Report on vaccination for the Province of Oudh 1873 -
Year: 1873
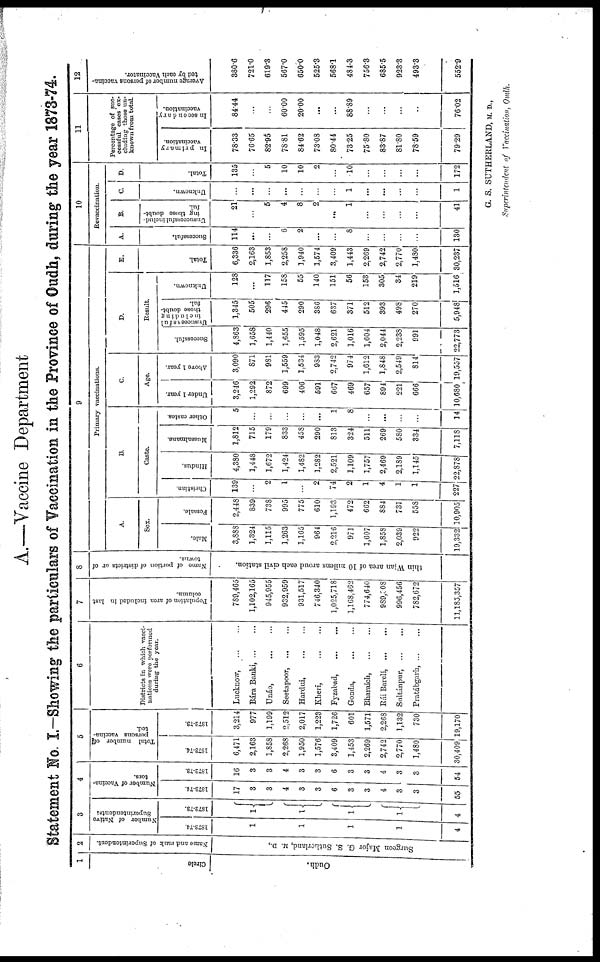
A.—Vaccine Department
Statement No. I.—Showing the particulars of Vaccination in the Province of Oudh, during the year 1873-74.
1
Circle
Oudh.
2
Name and rank of Superintendent.
Surgeon Major G. S. Sutherland, M. D.,
3
Number of Native
Superintendents.
1873-74.
1
1
1
1
4
1872-73.
1
1
1
1
4
4
Number of Vaccina¬
tors.
1873-74.
17
3
3
4
3
3
6
3
3
4
3
3
55
1872-73.
16
3
3
4
3
3
6
3
3
4
3
3
54
5
Total number of
persons vaccina-
ted.
1873-74.
6,471
2,163
1,858
2,268
1,950
1,576
3,409
1,453
2,269
2,742
2,770
1,480
30,409
1872-73.
3,214
977
1,199
2,512
2,017
1,223
1,726
601
1,571
2,268
1,132
730
19,170
6
Districts in which vacci-
nations were performed
during the year.
Lucknow,
...
...
Bára Banki, ... ...
Unáo, ... ...
Seetapoor, ... ...
Hardui, ... ...
Kheri,
...
...
Fyzabad,
...
...
Gonda, ... ...
Bharaich, ... ...
Rái Barelí,
...
...
Sultánpur, ... ...
Pratábgarh, ... ...
7
Population of area included in last
column.
789,465
1,102,165
945,955
932,959
931,517
746,340
1,025,718
1,168,462
774,640
989,308
996,456
782,672
11,185,357
8
Name of portion of districts or of
towns.
thin Wian area of 10 milens aroud each civil station.
9
Primary vaccinations.
A.
Sex.
Male.
3,888
1,324
1,115
1,263
1,165
964
2,216
971
1,607
1,858
2,039
922
19,332
Female.
2,448
839
738
995
775
610
1,193
472
662
884
731
558
10,905
B.
Caste.
Christian.
139
...
2
1
...
2
74
2
1
4
1
1
227
Hindus.
4,380
1,448
1,672
1,424
1,482
1,282
2,521
1,109
1,757
2,469
2,189
1,145
22,878
Mussalmans.
1,812
715
179
833
458
290
813
324
511
269
580
334
7,118
Other castes.
5
...
...
...
...
...
1
8
...
...
...
...
14
C.
Age.
Under 1 year.
3,246
1,292
872
699
406
591
667
469
657
894
221
666
10,680
Above 1 year.
3,090
871
981
1,559
1,534
983
2,742
974
1,612
1,848
2,549
814
19,557
D.
Result.
Successful.
4,863
1,658
1,440
1,655
1,595
1,048
2,621
1,016
1,604
2,044
2,238
991
22,773
Unsuccessful
inc1uding
those doubt-
ful.
1,345
505
296
445
290
386
637
371
512
393
498
270
5,948
Unknown.
128
...
117
158
55
140
151
56
153
305
34
219
1,516
E.
Total.
6,336
2,163
1,853
2,258
1,940
1,574
3,409
1,443
2,269
2,742
2,770
1,480
30,237
10
Revaccination.
A.
Successful.
114
...
...
6
2
...
...
8
...
...
...
...
130
B.
Unsuccessful includ-
ing those doubt-
ful.
21
...
5
4
8
2
...
1
...
...
...
...
41
C.
Unknown.
...
...
...
...
...
...
...
1
...
...
...
...
1
D.
Total.
135
...
5
10
10
2
...
10
...
...
...
...
172
11
Percentage of suc-
cessful cases ex-
cluding those un-
known from total.
In primary
vaccination.
78.33
76.65
82.95
78.81
84.62
73.08
80.44
73.25
75.80
83.87
81.80
78.59
79.29
In secondary
vaccination.
84.44
...
...
60.00
20.00
...
...
88.89
...
...
...
...
76.02
12
Average number of persons vaccina-
ted by each Vaccinator.
380.6
721.0
619.3
567.0
650.0
525.3
568.1
484.3
756.3
685.5
923.3
493.3
552.9
G. S. SUTHERLAND, M. D.,
Superintendent of Vaccination, Oudh.